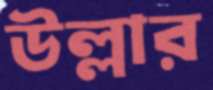
উল্লার